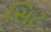
સિટ